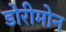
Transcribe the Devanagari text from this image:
डोरीमोन